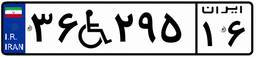
۲۲W۰۵۴۹۹